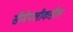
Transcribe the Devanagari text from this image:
सीमेपलीकडील